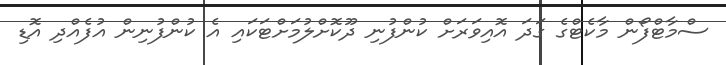
ސްމާޓްފޯން މާކެޓްގެ ގަދަ އޮއިވަރަށް ކުންފުނި ދޫކޮށްލުމަށްޓަކައި އެ ކުންފުނިން އުފެއްދި އޮޑި